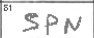
Transcription: SPN